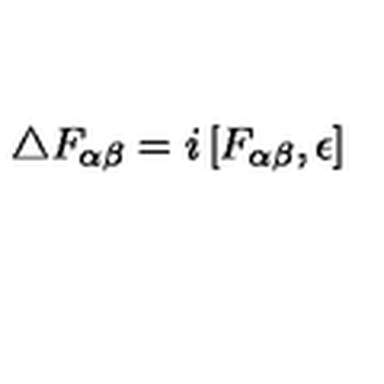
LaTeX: \bigtriangleup F _ { \alpha \beta } = i \left[ F _ { \alpha \beta } , \epsilon \right]